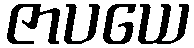
ဇာပယေ